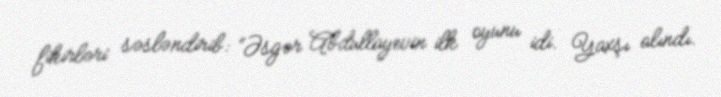
fikirləri səsləndirib: “Əsgər Abdullayevin ilk oyunu idi. Yaxşı alındı.